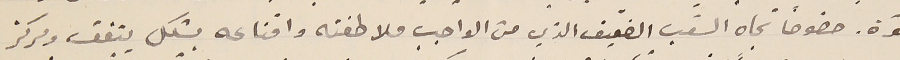
قوّة. خصوصاً تجاه الشعب الضّعيف الذي من الواجب ملاطفته واقناعه بشكل يتفق ومركز